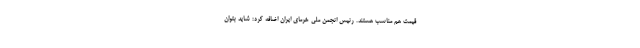
قیمت هم مناسب هستند. رئیس انجمن ملی خرمای ایران اضافه کرد: شاید بتوان